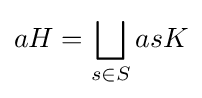
aH=\bigsqcup _{s\in S}asK